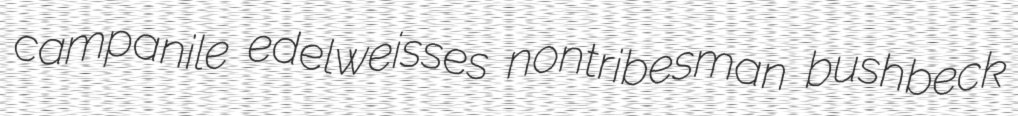
campanile edelweisses nontribesman bushbeck